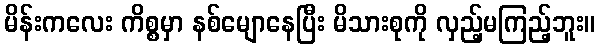
မိန်းကလေး ကိစ္စမှာ နစ်မျောနေပြီး မိသားစုကို လှည့်မကြည့်ဘူး။